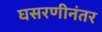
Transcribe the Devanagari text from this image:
घसरणीनंतर